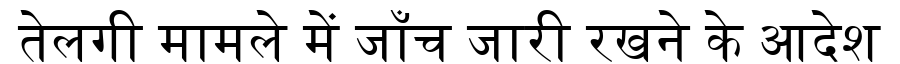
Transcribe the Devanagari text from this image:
तेलगी मामले में जाँच जारी रखने के आदेश